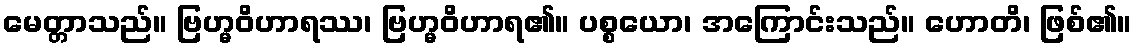
မေတ္တာသည်။ ဗြဟ္မဝိဟာရဿ၊ ဗြဟ္မဝိဟာရ၏။ ပစ္စယော၊ အကြောင်းသည်။ ဟောတိ၊ ဖြစ်၏။